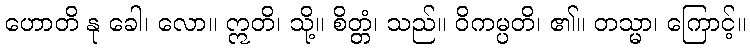
ဟောတိ နု ခေါ၊ လော။ ဣတိ၊ သို့။ စိတ္တံ၊ သည်။ ဝိကမ္ပတိ၊ ၏။ တသ္မာ၊ ကြောင့်။